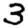
Digit: 3